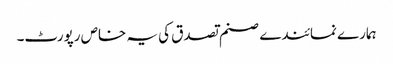
ہمارے نمائندے صنم تصدق کی یہ خاص رپورٹ۔